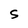
Character: S